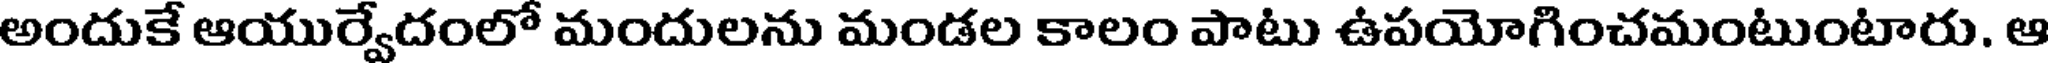
అందుకే ఆయుర్వేదంలో మందులను మండల కాలం పాటు ఉపయోగించమంటుంటారు. ఆ